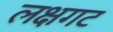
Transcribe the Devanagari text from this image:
लक्षगट